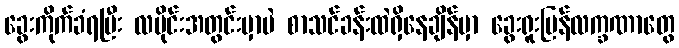
ခွေးကိုက်ခံရပြီး လပိုင်းအတွင်းမှာပဲ စာသင်ခန်းထဲရှိနေချိန်မှာ ခွေးရူးပြန်လက္ခဏာတွေ